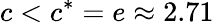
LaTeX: c<c^{*}=e\approx 2.71